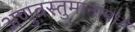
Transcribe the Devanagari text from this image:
अणुवस्तुमानांमध्ये